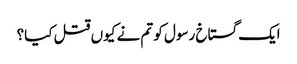
ایک گستاخ رسول کو تم نے کیوں قتل کیا؟